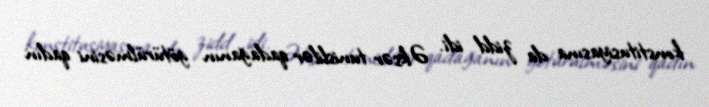
konstitusiyasına da zidd idi. Əksər tunislilər qadağanın götürülməsini qadın